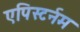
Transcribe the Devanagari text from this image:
एपिस्टर्नम